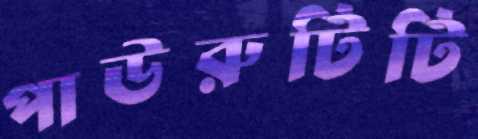
পাউরুটিটি